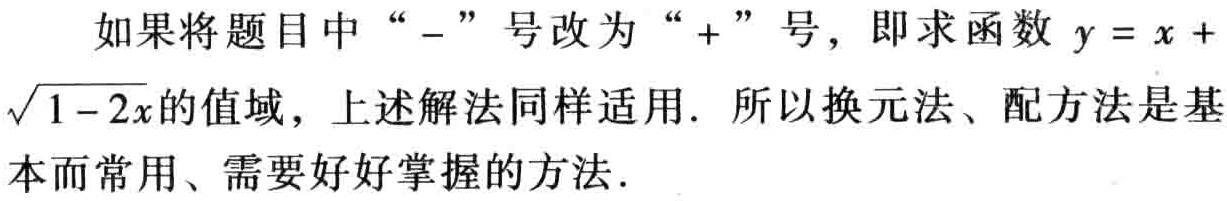
如果将题目中“$-$”号改为“$+$”号，即求函数 \(y = x + \sqrt{1 - 2x}\)的值域，上述解法同样适用. 所以换元法、配方法是基本而常用、需要好好掌握的方法.